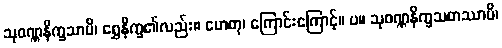
သုဝဏ္ဏနိက္ခသာပိ၊ ရွှေနိက္ခ၏လည်း။ ဟေတု၊ ကြောင်းကြောင့်။ ပ။ သုဝဏ္ဏနိက္ခသတဿာပိ၊